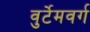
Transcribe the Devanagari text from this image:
वुर्टेमवर्ग